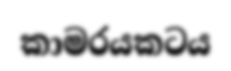
කාමරයකටය